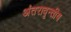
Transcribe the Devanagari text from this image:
अंतरावृन्तीय